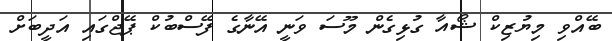
ބޭއްވި މިޔުޒިކް ޝޯއާ ގުޅިގެން މޫސަ ވަނީ އޭނާގެ ފޭސްބުކް ޕޭޖްގައި އަދީބަށް